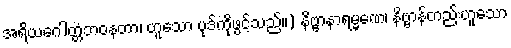
အရိယဂေါတ္တံဘဝနတာ၊ ဟူသော ပုဒ်ကိုဖွင့်သည်။) နိဗ္ဗာနာရမ္မဏေ၊ နိဗ္ဗာန်တည်းဟူသော